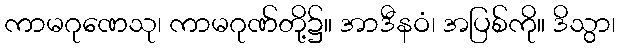
ကာမဂုဏေသု၊ ကာမဂုဏ်တို့၌။ အာဒီနဝံ၊ အပြစ်ကို။ ဒိသွာ၊